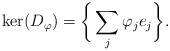
\begin{align*} \ker(D_{\varphi})=\bigg\{\sum_j\varphi_je_j\bigg\}.\end{align*}